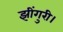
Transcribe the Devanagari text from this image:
झींगुरी।